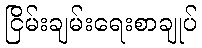
ငြိမ်းချမ်းရေးစာချုပ်